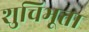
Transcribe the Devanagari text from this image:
शुचिभूता